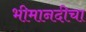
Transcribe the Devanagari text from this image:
भीमानदीचा